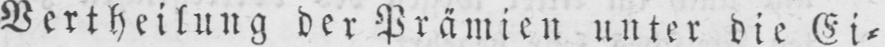
Vertheilung der Prämien unter die Ei⸗